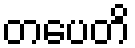
တပေတိ